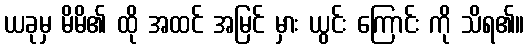
ယခုမှ မိမိ၏ ထို အထင် အမြင် မှား ယွင်း ကြောင်း ကို သိရ၏။